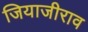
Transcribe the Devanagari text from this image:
जियाजीराव